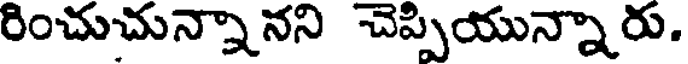
రించుచున్నానని చెప్పియున్నారు.